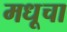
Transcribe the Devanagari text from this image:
मधूचा